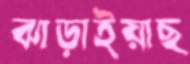
ঝাড়াইয়াছ